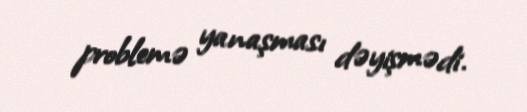
problemə yanaşması dəyişmədi.